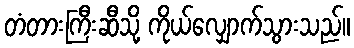
တံတားကြီးဆီသို့ ကိုယ်လျှောက်သွားသည်။